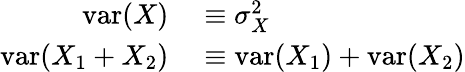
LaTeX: \begin{array}{rl}{\operatorname{var}(X)}&{{}\equiv\sigma_{X}^{2}}\\ {\operatorname{var}(X_{1}+X_{2})}&{{}\equiv\operatorname{var}(X_{1})+\operatorname{var}(X_{2})}\end{array}